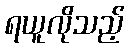
ရယူလိုသည့်